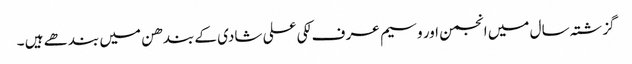
گزشتہ سال میں انجمن اور وسیم عر ف لکی علی شادی کے بندھن میں بندھے ہیں ۔